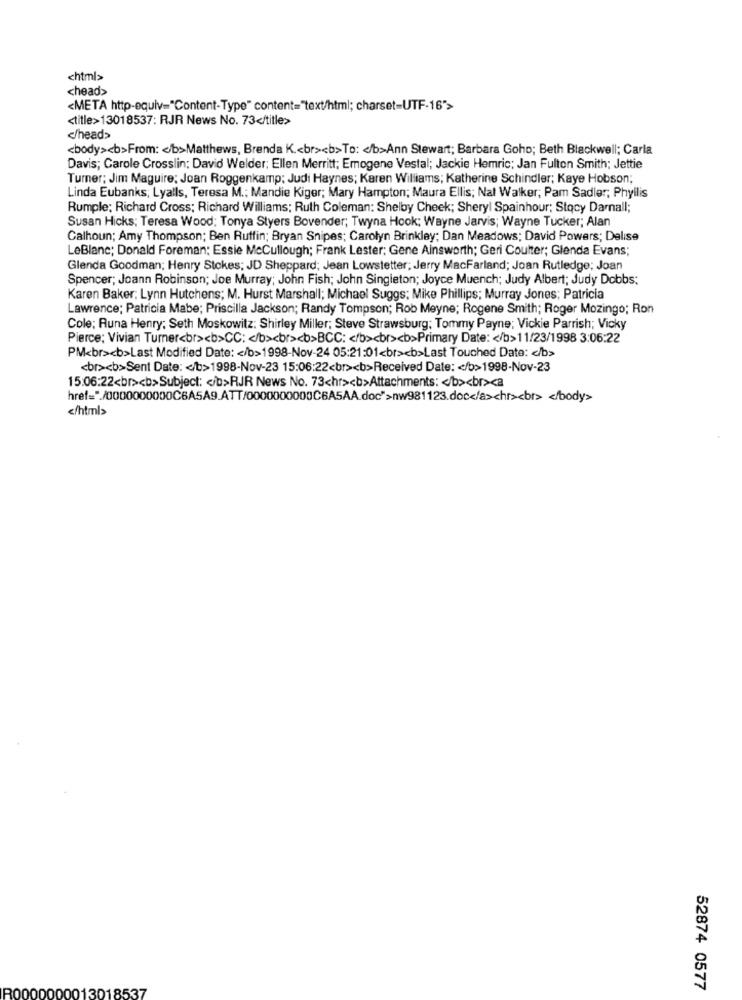
<html>
<head>
<META http-equiv="Content-Type" content="text/html; charset=UTF-16">
<title>13018537: RJR News No. 73</title>
</head>
<body><b>From: < b>Matthews, Brenda K .< br><b>To: < /b>Ann Stewart; Barbara Goho; Beth Blackwell; Carla
Davis; Carole Crosslin; David Welder; Ellen Merritt; Emogene Vestal; Jackie Hemric; Jan Fulton Smith; Jettie
Turner; Jim Maguire; Joan Roggenkamp; Judi Haynes; Karen Williams; Katherine Schindler; Kaye Hobson;
Linda Eubanks; Lyalls, Teresa M .; Mandie Kiger; Mary Hampton; Maura Ellis; Nal Walker; Pam Sadler; Phyllis
Rumple; Richard Cross; Richard Williams; Ruth Coleman: Shelby Cheek; Sheryl Spainhour; Stocy Darnall;
Susan Hicks; Teresa Wood; Tonya Styers Bovender; Twyna Hook; Wayne Jarvis; Wayne Tucker; Alan
Calhoun; Amy Thompson; Ben Ruffin; Bryan Snipes; Carolyn Brinkley; Dan Meadows; David Powers; Dalise
LeBlanc; Donald Foreman: Essie Mccullough; Frank Lester; Gene Ainsworth; Geri Coulter; Glenda Evans;
Glenda Goodman; Henry Stokes; JD Sheppard; Jean Lowstetter; Jerry MacFarland; Joan Rutledge; Joan
Spencer; Joann Robinson; Joe Murray; John Fish; John Singleton; Joyce Muench; Judy Albert; Judy Dobbs;
Karen Baker; Lynn Hutchens; M. Hurst Marshall; Michael Suggs; Mike Phillips; Murray Jones; Patricia
Lawrence; Patricia Mabe; Priscilla Jackson; Randy Tompson; Rob Meyne; Rogene Smith; Roger Mozingo; Ron
Cole; Runa Henry; Seth Moskowitz: Shirley Miller; Steve Strawsburg; Tommy Payne; Vickie Parrish; Vicky
Pierce: Vivian Turner<br><b>CC: < /b><br><b>BCC: < /b><br><b>Primary Date: < /b>11/23/1998 3:06:22
PM<br><b>Last Modified Date: < /b>1998-Nov-24 05:21:01<br><b>Last Touched Date: < /b>
<br><b>Sent Date: < /b>1998-Nov-23 15:06:22<br><b>Received Date: < /b>1998-Nov-23
15:06:22<br><b>Subject: < /b>RJR News No. 73chr><b>Attachments: < /b><br><a
href="./0000000000C6A5A9.ATT/0000000000CBA5AA.doc">nw981123.doc</a>chr><br> </body>
</html>
130
1853
52874 0577